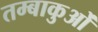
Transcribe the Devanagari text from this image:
तम्बाकुओं